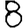
Digit: 8